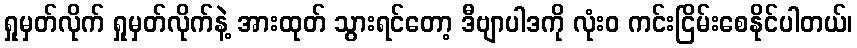
ရှုမှတ်လိုက် ရှုမှတ်လိုက်နဲ့ အားထုတ် သွားရင်တော့ ဒီဗျာပါဒကို လုံးဝ ကင်းငြိမ်းစေနိုင်ပါတယ်၊